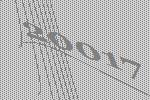
20017